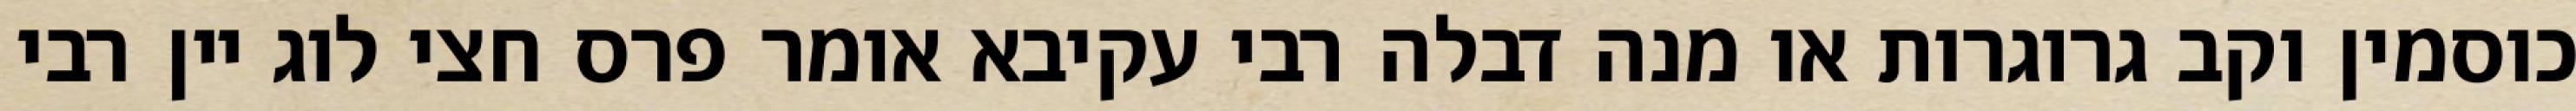
כוסמין וקב גרוגרות או מנה דבלה רבי עקיבא אומר פרס חצי לוג יין רבי